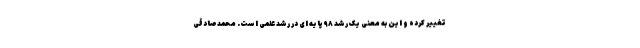
تغییر کرده و این به معنی یک رشد ۹۸ پایه ای در رشد علمی است. محمدصادقی